Annual report of the Central Committee of the Association together with the report of the directors of the Pasteur Institute at Kasauli
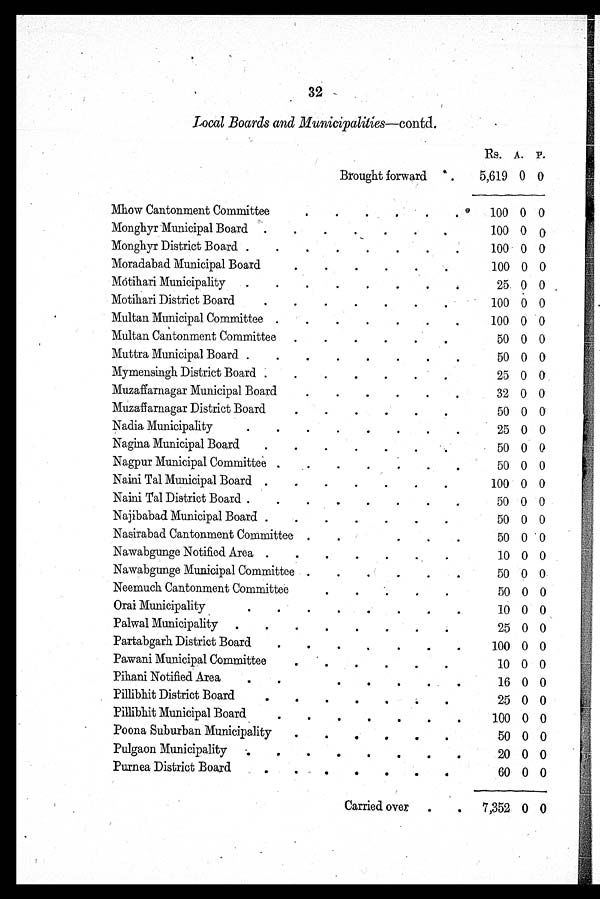
32
Local Boards and Municipalities—contd.
Rs. A. P.
Brought forward
5,619 0 0
Mhow Cantonment Committee
100 0 0
Monghyr Municipal Board
100 0 0
Monghyr District Board
100 0 0
Moradabad Municipal Board
100 0 0
Motihari Municipality
25 0 0
Motihari District Board
100 0 0
Multan Municipal Committee
100 0 0
Multan Cantonment Committee
50 0 0
Muttra Municipal Board
50 0 0
Mymensingh District Board
25 0 0
Muzaffarnagar Municipal Board
32 0 0
Muzaffarnagar District Board
50 0 0
Nadia Municipality
25 0 0
Nagina Municipal Board
50 0 0
Nagpur Municipal Committee
50 0 0
Naini Tal Municipal Board
100 0 0
Naini Tal District Board
50 0 0
Najibabad Municipal Board
50 0 0
Nasirabad Cantonment Committee
50 0
0
Nawabgunge Notified Area
10 0 0
Nawabgunge Municipal Committee
50 0 0
Neemuch Cantonment Committee
50 0 0
Orai Municipality
10 0 0
Palwal Municipality
25 0 0
Partabgarh District Board
100 0 0
Pawani Municipal Committee
10 0 0
Pihani Notified Area
16 0 0
Pillibhit District Board
25 0 0
Pillibhit Municipal Board
1 0 0 0 0
Poona Suburban Municipality
50 0 0
Pulgaon Municipality
20 0 0
Purnea District Board
6 0
0
0
Carried over
7,352 0 0